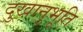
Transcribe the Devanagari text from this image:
दुखानुभूति